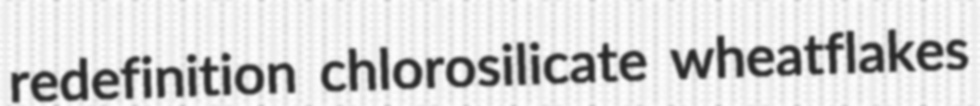
redefinition chlorosilicate wheatflakes